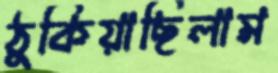
ঠুকিয়াছিলাম